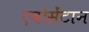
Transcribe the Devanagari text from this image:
एवोसेंटान